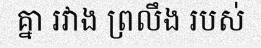
គ្នា រវាង ព្រលឹង របស់